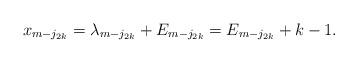
LaTeX: \begin{align*}x_{m-j_{2k}}=\lambda_{m-j_{2k}}+E_{m-j_{2k}}=E_{m-j_{2k}}+k-1.\end{align*}